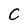
Character: C